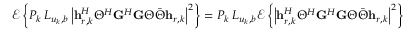
\mathscr { E } \left\{ P _ { k } \, L _ { u _ { k } , b } \left| \mathbf { h } _ { r , k } ^ { H } \Theta ^ { H } \mathbf { G } ^ { H } \mathbf { G } \Theta \bar { \Theta } \mathbf { h } _ { r , k } \right| ^ { 2 } \right\} = P _ { k } \, L _ { u _ { k } , b } \mathscr { E } \left\{ \left| \mathbf { h } _ { r , k } ^ { H } \Theta ^ { H } \mathbf { G } ^ { H } \mathbf { G } \Theta \bar { \Theta } \mathbf { h } _ { r , k } \right| ^ { 2 } \right\}